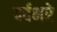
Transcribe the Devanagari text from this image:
दर्दभरे